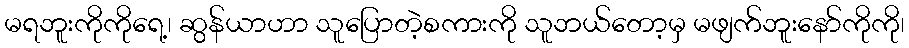
မရဘူးကိုကိုရေ့၊ ဆွန်ယာဟာ သူပြောတဲ့စကားကို သူဘယ်တော့မှ မဖျက်ဘူးနော်ကိုကို၊